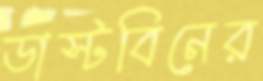
ডাস্টবিনের